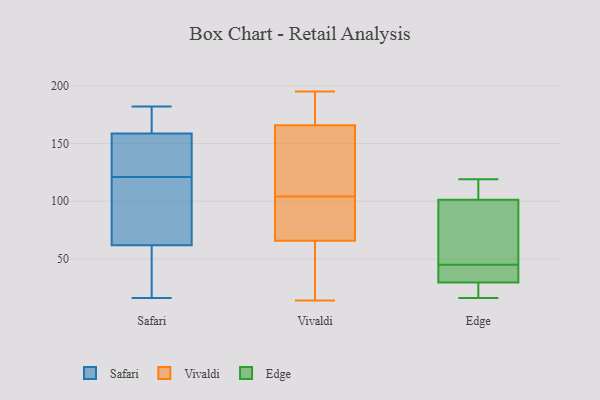
{"axis": {"x": "LTV (USD)", "y": "Value"}, "legend": ["Edge", "Safari", "Vivaldi"], "data": [{"x": "", "y": 166, "type": "Safari"}, {"x": "", "y": 67, "type": "Safari"}, {"x": "", "y": 21, "type": "Safari"}, {"x": "", "y": 167, "type": "Safari"}, {"x": "", "y": 115, "type": "Safari"}, {"x": "", "y": 121, "type": "Safari"}, {"x": "", "y": 16, "type": "Safari"}, {"x": "", "y": 119, "type": "Safari"}, {"x": "", "y": 59, "type": "Safari"}, {"x": "", "y": 158, "type": "Safari"}, {"x": "", "y": 60, "type": "Safari"}, {"x": "", "y": 48, "type": "Safari"}, {"x": "", "y": 182, "type": "Safari"}, {"x": "", "y": 179, "type": "Safari"}, {"x": "", "y": 72, "type": "Safari"}, {"x": "", "y": 159, "type": "Safari"}, {"x": "", "y": 124, "type": "Safari"}, {"x": "", "y": 139, "type": "Safari"}, {"x": "", "y": 142, "type": "Safari"}, {"x": "", "y": 120, "type": "Vivaldi"}, {"x": "", "y": 175, "type": "Vivaldi"}, {"x": "", "y": 156, "type": "Vivaldi"}, {"x": "", "y": 52, "type": "Vivaldi"}, {"x": "", "y": 104, "type": "Vivaldi"}, {"x": "", "y": 38, "type": "Vivaldi"}, {"x": "", "y": 147, "type": "Vivaldi"}, {"x": "", "y": 138, "type": "Vivaldi"}, {"x": "", "y": 186, "type": "Vivaldi"}, {"x": "", "y": 94, "type": "Vivaldi"}, {"x": "", "y": 187, "type": "Vivaldi"}, {"x": "", "y": 100, "type": "Vivaldi"}, {"x": "", "y": 169, "type": "Vivaldi"}, {"x": "", "y": 32, "type": "Vivaldi"}, {"x": "", "y": 14, "type": "Vivaldi"}, {"x": "", "y": 84, "type": "Vivaldi"}, {"x": "", "y": 71, "type": "Vivaldi"}, {"x": "", "y": 64, "type": "Vivaldi"}, {"x": "", "y": 195, "type": "Vivaldi"}, {"x": "", "y": 47, "type": "Edge"}, {"x": "", "y": 115, "type": "Edge"}, {"x": "", "y": 102, "type": "Edge"}, {"x": "", "y": 21, "type": "Edge"}, {"x": "", "y": 34, "type": "Edge"}, {"x": "", "y": 16, "type": "Edge"}, {"x": "", "y": 45, "type": "Edge"}, {"x": "", "y": 24, "type": "Edge"}, {"x": "", "y": 54, "type": "Edge"}, {"x": "", "y": 31, "type": "Edge"}, {"x": "", "y": 99, "type": "Edge"}, {"x": "", "y": 119, "type": "Edge"}, {"x": "", "y": 105, "type": "Edge"}, {"x": "", "y": 39, "type": "Edge"}, {"x": "", "y": 29, "type": "Edge"}]}